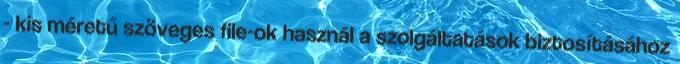
- kis méretű szöveges file-ok használ a szolgáltatások biztosításához